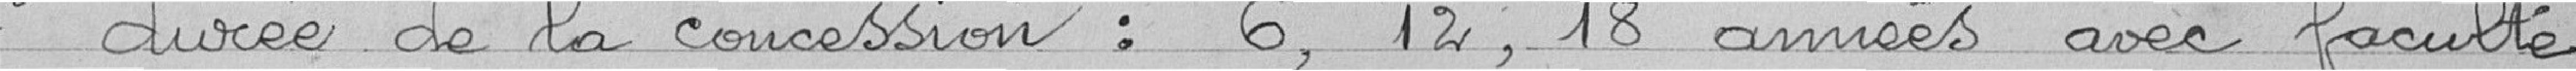
1° durée de la concession : 6, 12, 18 années avec faculté